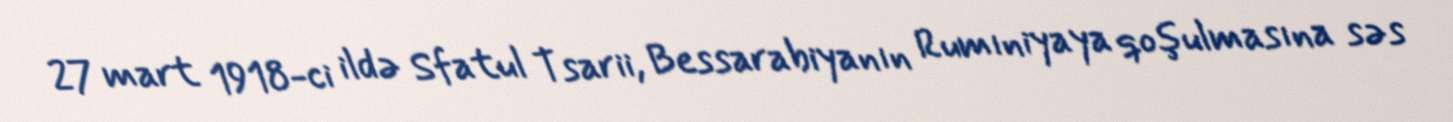
27 mart 1918-ci ildə Sfatul Tsarii, Bessarabiyanın Rumıniyaya qoşulmasına səs